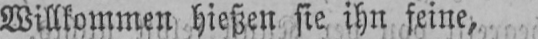
Willkommen hießen sie, ihn seine,